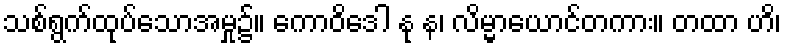
သစ်ရွက်ထုပ်သောအမှု၌။ ကောဝိဒေါ နု န၊ လိမ္မာယောင်တကား။ တထာ ဟိ၊